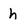
Character: h